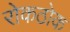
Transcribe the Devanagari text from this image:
रोकठोक